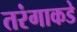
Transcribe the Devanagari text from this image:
तरंगाकडे